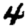
Digit: 4